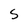
Character: S